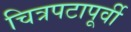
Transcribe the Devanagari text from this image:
चित्रपटापूर्वी